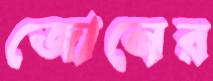
জোনের